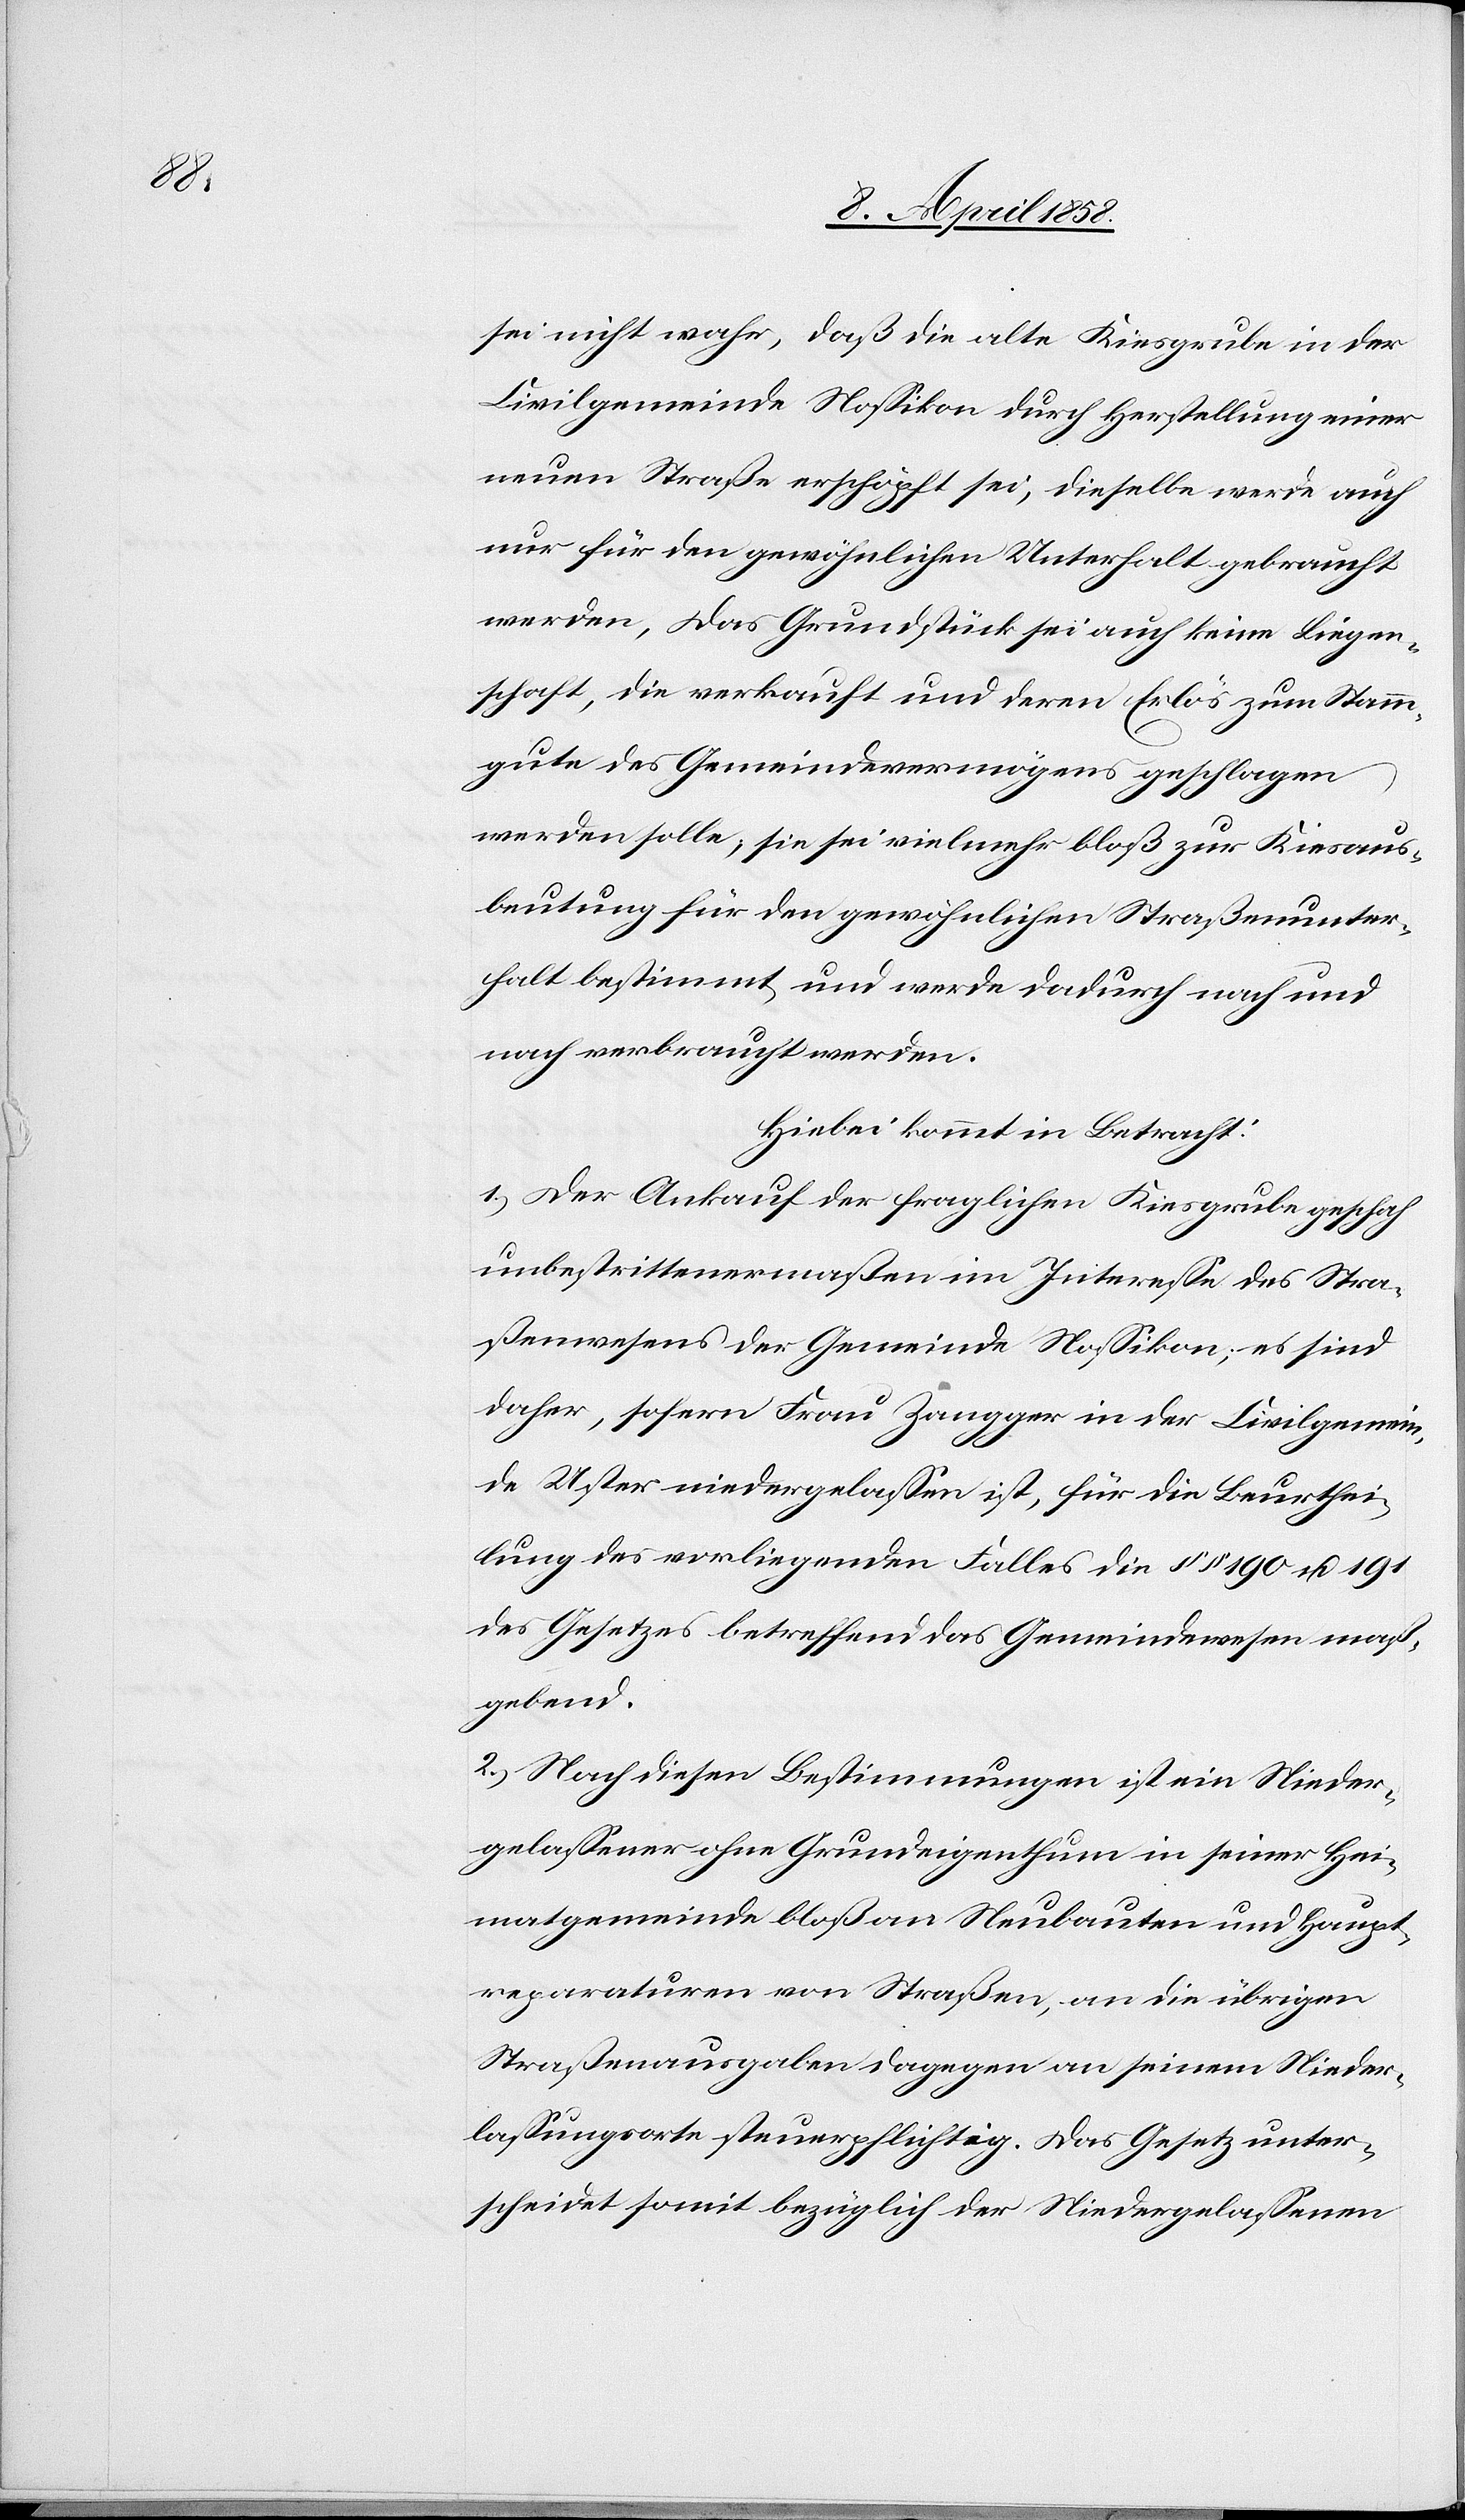
sei nicht wahr, daß die alte Kiesgrube in der
Civilgemeinde Nossikon durch Herstellung einer
neuen Straße erschöpft sei, dieselbe werde auch
nur für den gewöhnlichen Unterhalt gebraucht
werden. Das Grundstück sei auch keine Liegen¬
schaft, die verkauft und deren Erlös zum Stamm¬
gute des Gemeindevermögens geschlagen
werden solle, sie sei vielmehr bloß zur Kiesaus¬
beutung für den gewöhnlichen Straßenunter¬
halt bestimmt, und werde dadurch nach und
nach verbraucht werden.
Hiebei kommt in Betracht.
1. Der Ankauf der fraglichen Kiesgrube geschah
unbestrittenermaßen im Interesse des Stra¬
ßenwesens der Gemeinde Nossikon, es sind
daher, sofern Frau Zangger in der Civilgemein¬
de Uster niedergelassen ist, für die Beurthei¬
lung des vorliegenden Falles die §§ 190 u. 191
des Gesetzes betreffend das Gemeindewesen maß¬
gebend.
2. Nach diesen Bestimmungen ist ein Nieder¬
gelassener ohne Grundeigenthum in seiner Hei¬
matgemeinde bloß an Neubauten und Haupt¬
reparaturen von Straßen, an die übrigen
Straßenausgaben dagegen an seinem Nieder¬
lassungsorte steuerpflichtig. Das Gesetz unter¬
scheidet somit bezüglich der Niedergelassenen